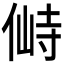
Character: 𰂛